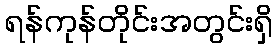
ရန်ကုန်တိုင်းအတွင်းရှိ